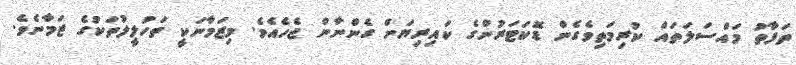
ތަފާތު މައްސަލަތައް ކުރިމަތިވެގެން ޑޮކަޓަރުންގެ ކައިރިޔަށް ގެންނާން ޖެހެއެވެ. މިޒަމާނަކީ ތަހުލީލުތަކުގެ ޒަމާނެވެ.